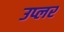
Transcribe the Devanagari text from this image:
उप्लर